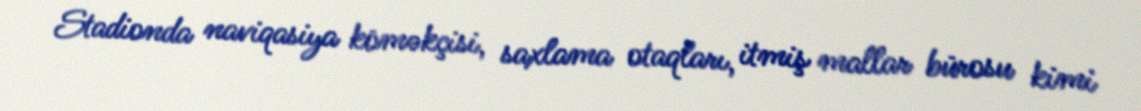
Stadionda naviqasiya köməkçisi, saxlama otaqları, itmiş mallar bürosu kimi